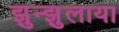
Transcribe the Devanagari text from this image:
झुन्झुलाया